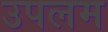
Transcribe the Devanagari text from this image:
उपलम